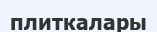
плиткалары